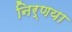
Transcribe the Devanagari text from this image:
निर्णया